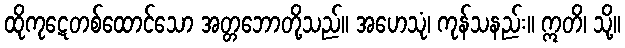
ထိုကုဋေတစ်ထောင်သော အတ္တဘောတို့သည်။ အဟေသုံ၊ ကုန်သနည်း။ ဣတိ၊ သို့။